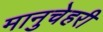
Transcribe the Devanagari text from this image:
मानुचेहरी